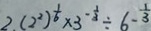
2 ( 2 ^ { 2 } ) ^ { \frac { 1 } { 6 } } \times 3 ^ { - \frac { 1 } { 3 } } \div 6 ^ { - \frac { 1 } { 3 } }